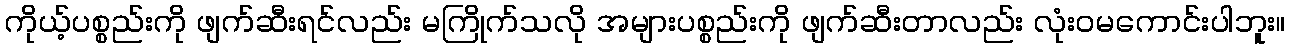
ကိုယ့်ပစ္စည်းကို ဖျက်ဆီးရင်လည်း မကြိုက်သလို အများပစ္စည်းကို ဖျက်ဆီးတာလည်း လုံးဝမကောင်းပါဘူး။